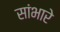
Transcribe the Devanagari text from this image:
सांभारे